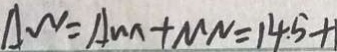
A W = A M + M N = 1 4 . 5 +